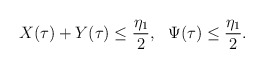
\begin{align*}X(\tau)+Y(\tau)\leq \frac{\eta_1}{2},\ \ \Psi(\tau)\leq \frac{\eta_1}{2}.\end{align*}